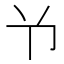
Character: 兯